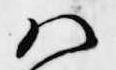
ハ